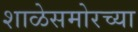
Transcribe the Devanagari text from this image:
शाळेसमोरच्या